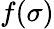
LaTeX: f(\sigma)